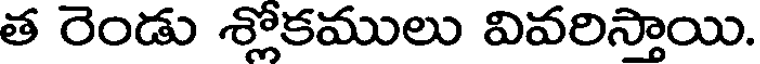
త రెండు శ్లోకములు వివరిస్తాయి.